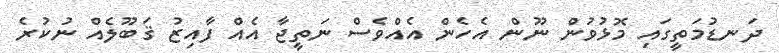
ދަނޑުމަތީގައި މޮޅުވުން ނޫން އެހެން އެއްވެސް ނަތީޖާ އެއް ފާއިޒު ޤަބޫލެއް ނުކުރެ